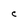
Character: C